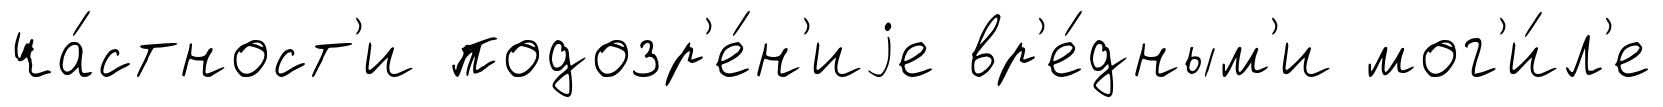
ча́стност'и подозр'е́н'иjе вр'е́дным'и мог'и́л'е